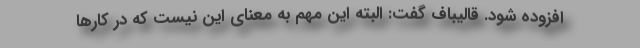
افزوده شود. قالیباف گفت: البته این مهم به معنای این نیست که در کارها